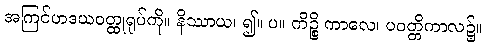
အကြင်ဟဒယဝတ္ထုရုပ်ကို။ နိဿာယ၊ ၍။ ပ။ ကိဉ္စိ ကာလေ၊ ပဝတ္တိကာလ၌။